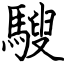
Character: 騪